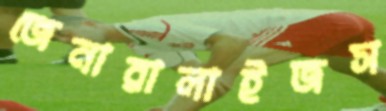
জেনারালাইজস